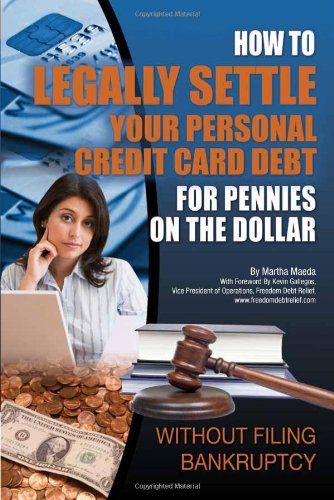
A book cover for How to Legally Settle Your Personal and Credit Card Debt for Pennies on the Dollar: Without Filing Bankruptcy; Martha Maeda; Business & Money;